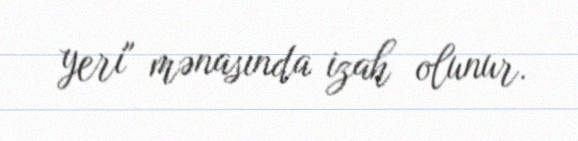
yeri" mənasında izah olunur.